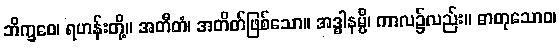
ဘိက္ခဝေ၊ ရဟန်းတို့။ အတီတံ၊ အတိတ်ဖြစ်သော။ အဒ္ဓါနမ္ပိ၊ ကာလ၌လည်း။ ဓာတုသောဝ၊